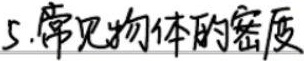
5. 常见物体的密度